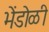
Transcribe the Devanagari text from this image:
भेंडोळी